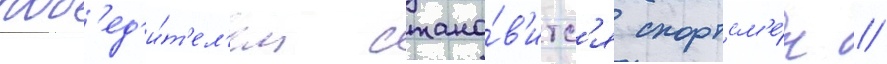
поб'ед'и́т'ел'ем стано́в'итс'я спортсм'е́н /